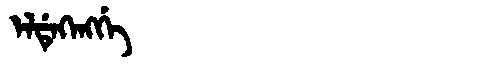
Manchu: ᡝᠯᡩᡝᡴᡝᠩᡤᡝ
Romanization: ELDEKENGGE